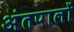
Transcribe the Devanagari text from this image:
अंतपालों